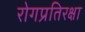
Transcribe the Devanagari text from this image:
रोगप्रतिरक्षा